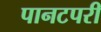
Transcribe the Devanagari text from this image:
पानटपरी